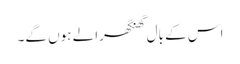
اس کے بال گھنگھرالے ہوں گے۔